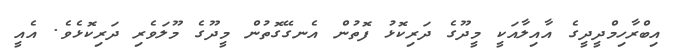
އިބްރާހިމްދީދީގެ އާއިލާއަކީ މީދޫގެ ދަރިކޮޅު ފޮތުން އެނގޭގޮތުން މީދޫގެ މޫލަވެރި ދަރިކޮޅެވެ. އެއީ